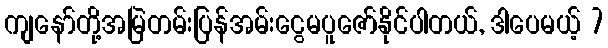
ကျနော်တို့အမြဲတမ်းပြန်အမ်းငွေမပူဇော်နိုင်ပါတယ်, ဒါပေမယ့် 7